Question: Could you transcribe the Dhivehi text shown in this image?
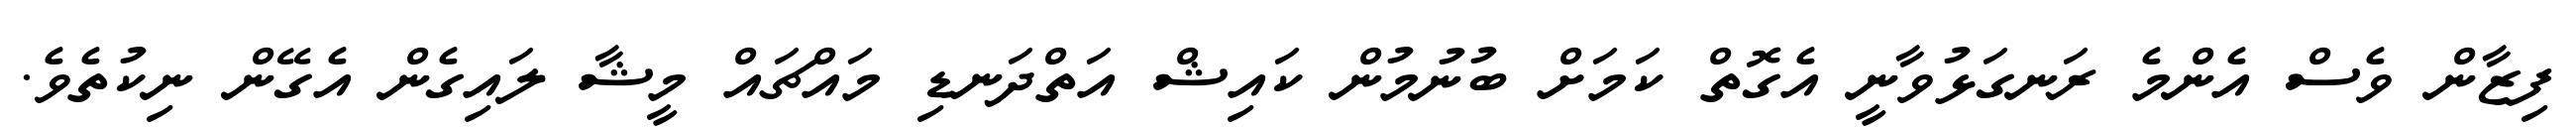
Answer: ފިޒާން ވެސް އެންމެ ރަނގަޅުވާނީ އެގޮތް ކަމަށް ބުނުމުން ކައިޝް އަތްދަނޑި މައްޗައް މީޝާ ލައިގެން އެގޭން ނިކުތެވެ.